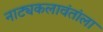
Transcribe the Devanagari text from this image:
नाट्यकलावंतांला